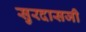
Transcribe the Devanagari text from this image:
सुरदासजी